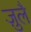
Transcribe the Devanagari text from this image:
ज़ुलै